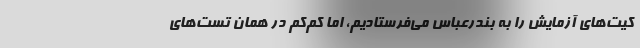
کیت‌های آزمایش را به بندرعباس می‌فرستادیم، اما کم‌کم در همان تست‌های